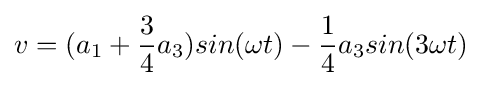
v=(a_{1}+{\frac {3}{4}}a_{3})sin(\omega t)-{\frac {1}{4}}a_{3}sin(3\omega t)